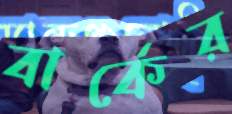
বার্কের